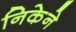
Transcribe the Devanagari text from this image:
निकेने